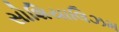
સોશિયાલિઝમ